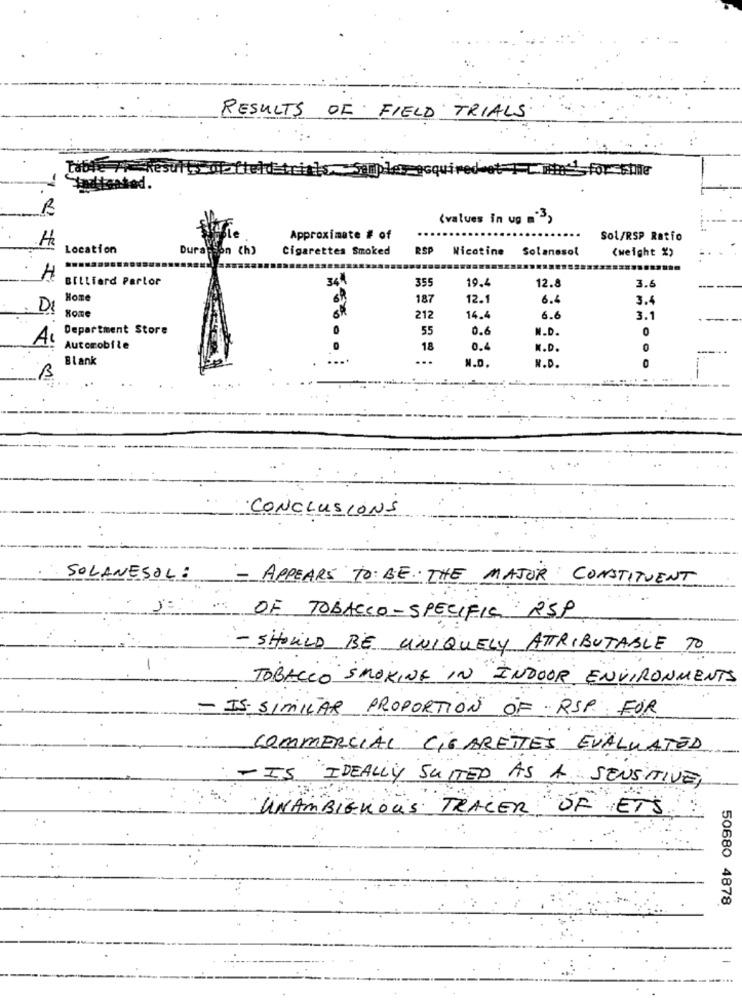
RESULTS OF FIELD TRIALS
indiantod.
(values in ug =">
Approximate # of
SOL/RSP Ratio
Location
Durasson ch)
Cigarettes Smoked
RSP
Nicotine
Solanesol
(weight %)
Billiard Parlor
34
355
19,4
12.8
3.6
Home
187
12.1
6.4
3.4
De
Some
212
14.4
6.6
3.1
Department Store
55
0.6
N.D.
0
Automobile
18
0.4
N.D.
Blank
N.D.
N.D.
Mi
CONCLUSIONS
SOLANESOL :
APPEARS TO BE. THE MAJOR: CONSTITUENT
OF TOBACCO-SPECIFIC RSP
- SHOULD BE UNIQUELY ATTRIBUTABLE TO
TOBACCO SMOKING IN INDOOR ENVIRONMENTS
- IS- SIMILAR PROPORTION OF RSP FOR
COMMERCIAL CIGARETTES EVALUATED
- IS IDEALLY SUITED AS A SENSITIVE ,
UNAMBIGUOUS TRACER OF ETS
50680 4878